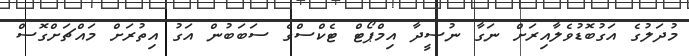
މުދަލުގެ އަގުބޮޑުވެލާއިރަށް ނަގާ ނުސީދާ އިމްޕޯޓް ޓެކްސްގެ ސަބަބުން އަގު އިތުރަށް މައްޗަށްގޮސް